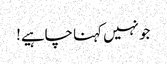
جو نہیں کہنا چاہیے!